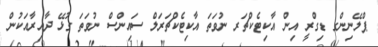
ޕްލޭނިންގ ޑިގްރީ އިން އާކިޓެކްޗަރ ނުވަތަ އާކިޓެކްޗަރަލް ސައިންސް ނުވަތަ ގުޅޭ ދާއިރާއަކުން